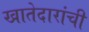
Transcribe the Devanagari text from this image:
खातेदारांची